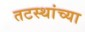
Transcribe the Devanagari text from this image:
तटस्थांच्या